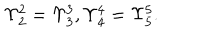
\Upsilon _ { 2 } ^ { 2 } = \Upsilon _ { 3 } ^ { 3 } , \Upsilon _ { 4 } ^ { 4 } = \Upsilon _ { 5 } ^ { 5 } .